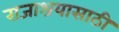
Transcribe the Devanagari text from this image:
राजाश्रयासाठी